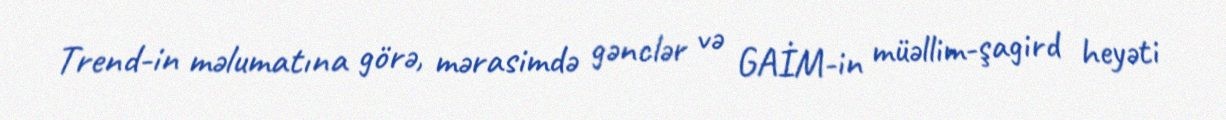
Trend-in məlumatına görə, mərasimdə gənclər və GAİM-in müəllim-şagird heyəti